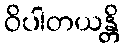
ဝိပါတယန္တိ